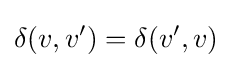
\delta (v,v')=\delta (v',v)